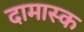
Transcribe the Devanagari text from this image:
दामास्क